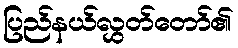
ပြည်နယ်လွှတ်တော်၏